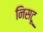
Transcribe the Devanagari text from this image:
निसटू